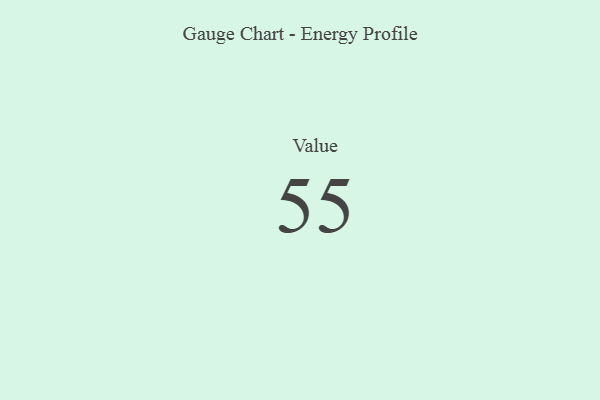
{"axis": {"x": "Metric", "y": "Value"}, "legend": [""], "data": [{"x": "Value", "y": 55, "type": ""}]}